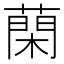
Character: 䔵